Vital statistics of India. Vol. VI, European troops 1870-79
Year: 1870
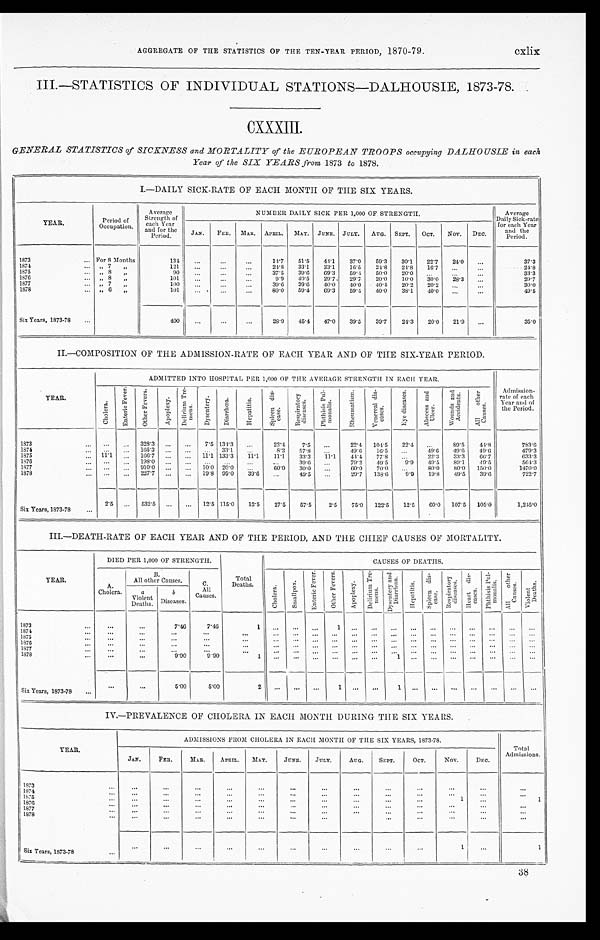
cxlix
AGGREGATE OF THE STATISTICS OF THE TEN-YEAR PERIOD, 1870-79.
III.—STATISTICS OF INDIVIDUAL STATIONS—DALHOUSIE, 1873-78.
CXXXIII.
GENERAL STATISTICS of SICKNESS and MORTALITY of the EUROPEAN TROOPS occupying DALHOUSIE in each
Year of the SIX YEARS from 1873 to 1878.
I.—DAILY SICK-RATE OF EACH MONTH OF THE SIX YEARS.
YEAR.
Period of
Occupation.
Average
Strength of
each Year
and for the
Period.
NUMBER DAILY SICK PER 1,000 OF STRENGTH.
Average
D a i l y S i c k - r a t e
f o r e a c h Y e a r
and the
Period.
JAN. FEB. MAR. APRIL. MAY. JUNE. JULY. AUG. SEPT. OCT. Nov. DEC.
1873
For 8 Months
134
14.7 51.5 44.1 37.0 59.3 30.1 22.7 24.0
3 7 . 3
1874
„ 7 „
121
24.8 33.1 33.1 16.5 24.8 24.8 16.7
2 4 . 8
1875
„ 8 „
90
37.5 39.6 69.3 59.4 50.0 20.0
3 3 . 3
1876 1877
„ 8 „
„ 7 „
101 100
9.9
39.6 49.5 39.6 29.7 40.0 29.7 40.0 20.0
40.4 10.0
20.2 30.0 20.2 28.3
2 9 . 7
3 0 . 0
1878
„ 6 „
101
80.0 59.4 69.3 59.4 40.0 38.1 40.0
4 9 . 5
Six Years, 1873-78
400
28.9 45.4 47.0 39.5 39.7 24.3 20.0 21.9
3 5 . 0
II.—COMPOSITION OF THE ADMISSION-RATE OF EACH YEAR AND OF THE SIX-YEAR PERIOD.
YEAR.
ADMITTED INTO HOSPITAL PER 1,000 OF THE AVERAGE STRENGTH IN EACH YEAR.
Admission-
rate of each
Year and of
the Period.
C h o l e r a .
E n t e r i c F e v e r .
O t h e r F e v e r s .
A p o p l e x y .
D e l i r i u m T r e -
m e n s .
D y s e n t e r y .
D i a r r h œ a .
H e p a t i t i s . S p l e e n d i s -
e a s e .
R e s p i r a t o r y
d i s e a s e s .
P h t h i s i s P u l -
m o n a l i s .
R h e u m a t i s m . V e n e r e a l d i s -
e a s e s .
E y e d i s e a s e s . A b s c e s s a n d
U l c e r .
W o u n d s a n d
A c c i d e n t s .
A l l o t h e r
C a u s e s .
1873
328.3
7.5 134.3
22.4 7.5
22.4 104.5 22.4
89.5 44. 8
7 8 3 . 6
1874
165.3
33.1
8.2 57.8
49.6 16.5
49.6 49.6 49. 6
4 7 9 . 3
1875
11.1
166.7
11.1 133.3
1 1 . 1 11.1 33.3 11.1 44.4 77.8
22.3 33.3 66. 7
6 3 3 . 3
1876
198.0
39.6
79.2 49.5 9.9 49.5 89.1
4 9 . 5
5 6 4 . 3
1877
910.0
10.0 20.0
60.0 30.0
6 0 . 0 70.0
80.0 80.0 150. 0
1 4 7 0 . 0
1878
227.7
19.8 99.0 39.6
49.5
29.7 138.6 9.9 19.8 49.5 39. 6
7 2 2 . 7
Si x Years, 1873-78
2.5
532.5
12.5 115.0 12.5 27.5 57.5 2.5 75.0 122.5 12.5 60.0 107.5 105. 0
1 , 2 4 5 . 0
III.—DEATH-RATE OF EACH YEAR AND OF THE PERIOD, AND THE CHIEF CAUSES OF MORTALITY.
YEAR.
DIED PER 1,000 OF STRENGTH.
Total
Deaths.
CAUSES OF DEATHS.
A.
Cholera.
B.
All other Causes.
C
All
Causes.
C h o l e r a .
S m a l l p o x .
E n t e r i c F e v e r . O t h e r F e v e r s .
A p o p l e x y .
D e l i r i u m T r e -
m e n s .
D y s e n t e r y a n d
D i a r r h œ a .
H e p a t i t i s .
S p l e e n d i s -
e a s e .
R e s p i r a t o r y
d i s e a s e s .
H e a r t d i s -
e a s e s .
P h t h i s i s P u l -
m o n a l i s .
A l l o t h e r C a u s e s . V i o l e n t
D e a t h s .
a
Violent
Deaths.
b
Diseases.
1873
7.46 7.46
1
1
1874 1875 1876 1877 1878
9.90 9.90
1
1
Si x Years, 1873-78
5.00
5.00
2
1
1
IV.—PREVALENCE OF CHOLERA IN EACH MONTH DURING THE SIX YEARS.
YEAR.
ADMISSIONS FROM CHOLERA IN EACH MONTH OF THE SIX YEARS, 1873-78.
Total
Admissions.
JAN.
FEB. MAR.
APRI L. MAY. JUNE. JULY. AUG.
SEPT. OCT. NOV.
DEC.
1873 1874 1 8 7 5
1
1
1876 1877 1878
Si x Years, 1873-78
1
1
38